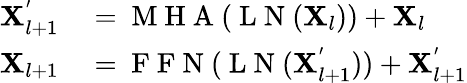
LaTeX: \begin{array}{rl}{\mathbf{X}_{l+1}^{'}}&{{}=\mathrm{~M~H~A~}(\mathrm{~L~N~}(\mathbf{X}_{l}))+\mathbf{X}_{l}}\\ {\mathbf{X}_{l+1}}&{{}=\mathrm{~F~F~N~}(\mathrm{~L~N~}(\mathbf{X}_{l+1}^{'}))+\mathbf{X}_{l+1}^{'}}\end{array}